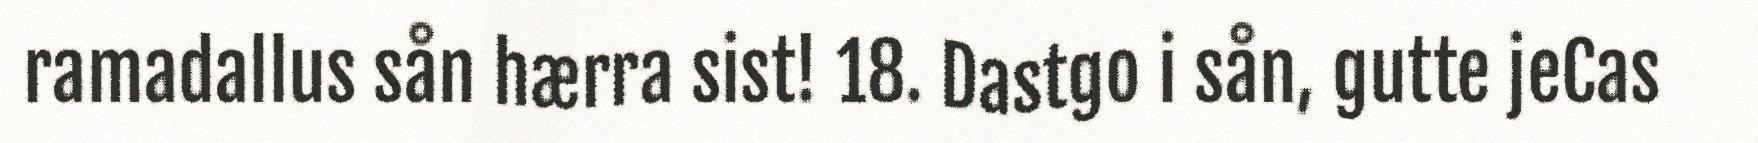
ramadallus sån hærra sist! 18. Dastgo i sån, gutte jeCas